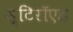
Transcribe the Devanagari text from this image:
स्टिरॉएड